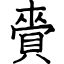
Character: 賫